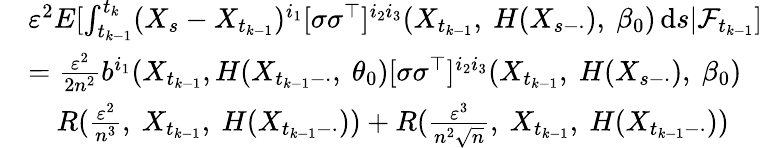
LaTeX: \begin{array}{rl}&{\varepsilon^{2}E[\int_{t_{k-1}}^{t_{k}}(X_{s}-X_{t_{k-1}})^{i_{1}}[\sigma\sigma^{\top}]^{i_{2}i_{3}}(X_{t_{k-1}},~H(X_{s-\cdot}),~\beta_{0})\, \mathrm{d}s|\mathcal{F}_{t_{k-1}}]}\\ &{=\frac{\varepsilon^{2}}{2n^{2}}b^{i_{1}}(X_{t_{k-1}},H(X_{t_{k-1}-\cdot},~\theta_{0})[\sigma\sigma^{\top}]^{i_{2}i_{3}}(X_{t_{k-1}},~H(X_{s-\cdot}),~\beta_{0})}\\ &{\quad R(\frac{\varepsilon^{2}}{n^{3}},~X_{t_{k-1}},~H(X_{t_{k-1}-\cdot}))+R(\frac{\varepsilon^{3}}{n^{2}\sqrt{n}},~X_{t_{k-1}},~H(X_{t_{k-1}-\cdot}))}\end{array}